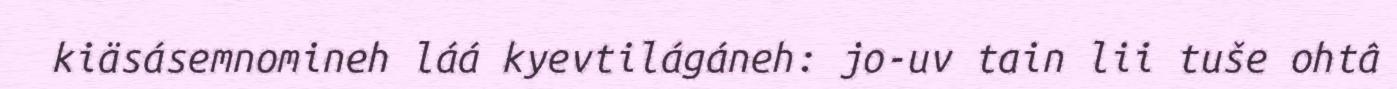
kiäsásemnomineh láá kyevtilágáneh: jo-uv tain lii tuše ohtâ